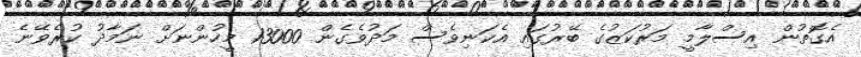
އެގޮތުން އިސްލާމީ މަރުކަޒުގެ ބޭރުގައި އެކަނިވެސް މަދުވެގެން 13000 މީހުންނަށް ނަމާދު ކުރެވޭނެ